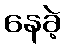
နေခဲ့